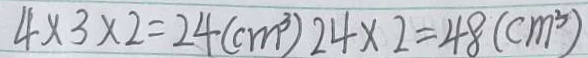
4 \times 3 \times 2 = 2 4 ( c m ^ { 3 } ) 2 4 \times 2 = 4 8 ( c m ^ { 3 } )